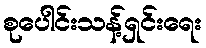
စုပေါင်းသန့်ရှင်းရေး